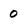
Character: 0